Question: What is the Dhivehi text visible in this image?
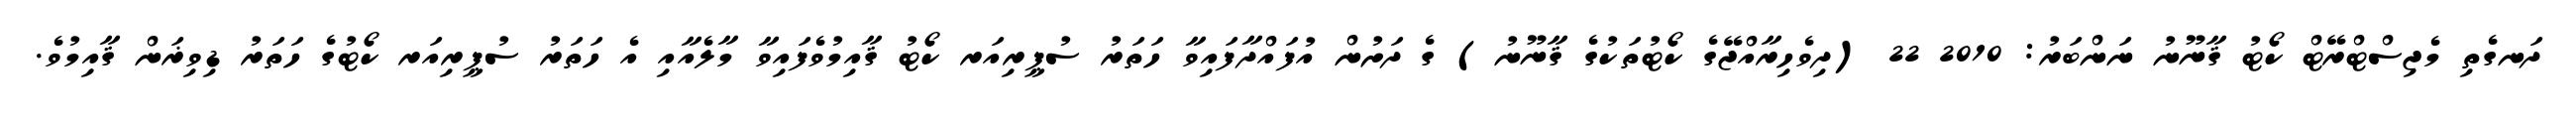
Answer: ދަނގެތި މެޖިސްޓްރޭޓް ކޯޓު ޤާނޫނު ނަންބަރު: 2010 22 (ދިވެހިރާއްޖޭގެ ކޯޓުތަކުގެ ޤާނޫނު) ގެ ދަށުން އުފައްދާފައިވާ ހަތަރު ސުޕީރިއަރ ކޯޓު ޤާއިމުވެފައިވާ މާލެއާއި އެ ހަތަރު ސުޕީރިއަރ ކޯޓުގެ ހަތަރު ޑިވިޜަން ޤާއިމުވެ.